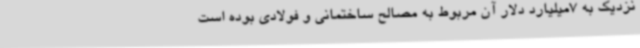
نزدیک به 7میلیارد دلار آن مربوط به مصالح ساختمانی و فولادی بوده است